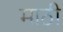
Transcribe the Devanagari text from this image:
माठी